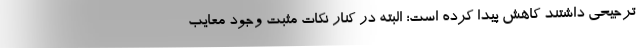
ترجیحی داشتند کاهش پیدا کرده است؛ البته در کنار نکات مثبت وجود معایب